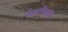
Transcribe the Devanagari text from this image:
वैज्ञानिकांत